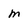
Character: m